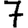
Digit: 7